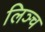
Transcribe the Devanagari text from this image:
लिञ्च